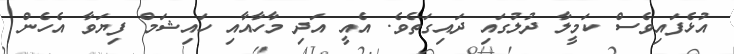
އުޅެފައިވެސް ކަމީލާ ދުލުގައި ދައިގަތެވެ. އެއީ އަދި މާހާއާއި ހައިޝަމް ފިޔަވާ އެހެން